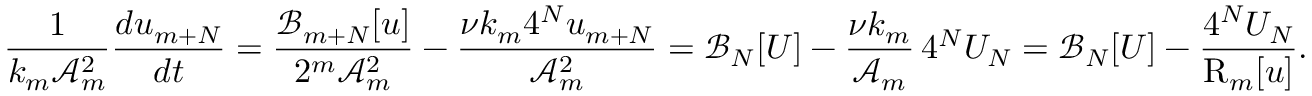
\frac { 1 } { k _ { m } \mathcal { A } _ { m } ^ { 2 } } \frac { d u _ { m + N } } { d t } = \frac { \mathcal { B } _ { m + N } [ u ] } { 2 ^ { m } \mathcal { A } _ { m } ^ { 2 } } - \frac { \nu k _ { m } 4 ^ { N } u _ { m + N } } { \mathcal { A } _ { m } ^ { 2 } } = \mathcal { B } _ { N } [ U ] - \frac { \nu k _ { m } } { \mathcal { A } _ { m } } \, 4 ^ { N } U _ { N } = \mathcal { B } _ { N } [ U ] - \frac { 4 ^ { N } U _ { N } } { \mathrm { R } _ { m } [ u ] } .